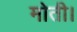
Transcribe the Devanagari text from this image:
मोती।